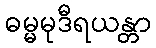
ဓမ္မမုဒီရယန္တာ